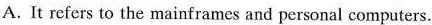
A.It refi rs to the mairframes and personal computers.